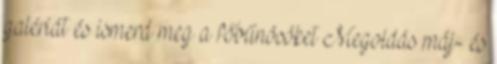
galériát és ismerd meg a főbűnösöket Megoldás máj- és